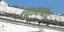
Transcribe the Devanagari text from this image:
झिम्बाब्वेत